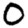
Digit: 0